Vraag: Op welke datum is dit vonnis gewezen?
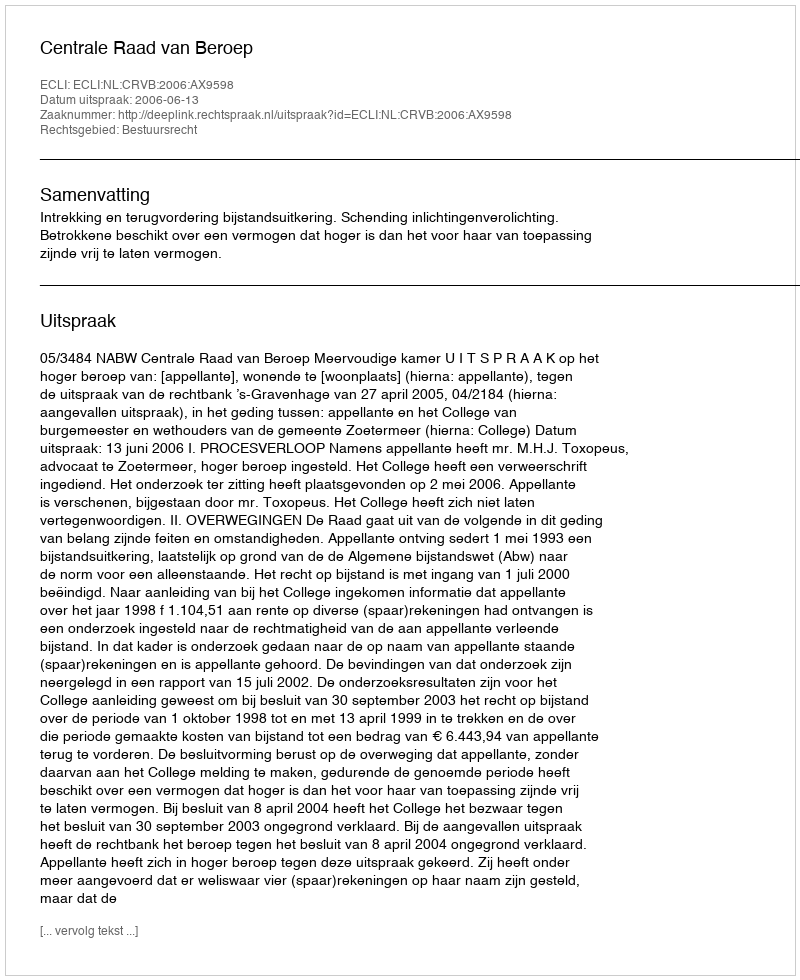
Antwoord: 2006-06-13